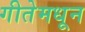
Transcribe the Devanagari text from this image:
गीतेमधून